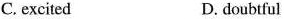
C. excited D. doubtful